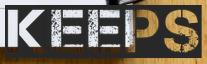
KEEPS